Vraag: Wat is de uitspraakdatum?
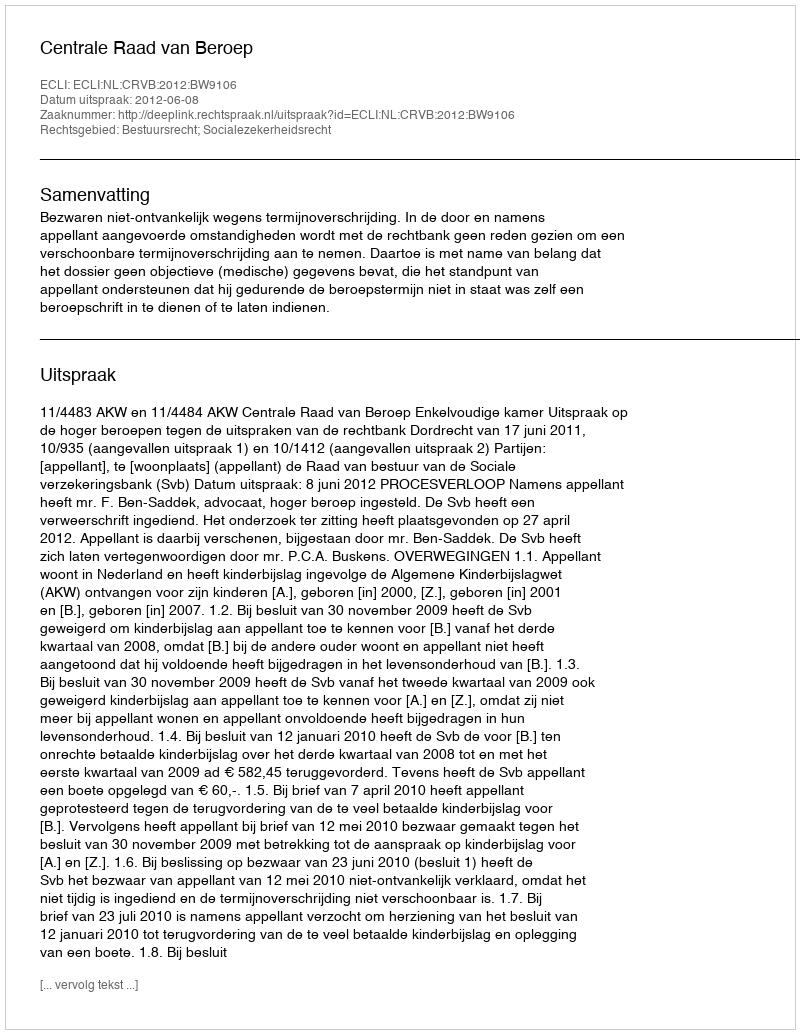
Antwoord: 2012-06-08